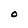
Character: O